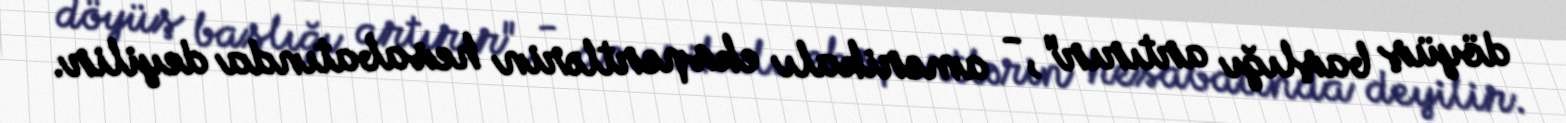
döyüş başlığı artırır", - amerikalı ekspertlərin hesabatında deyilir.